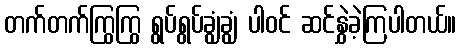
တက်တက်ကြွကြွ ရွပ်ရွပ်ချွံချွံ ပါဝင် ဆင်နွှဲခဲ့ကြပါတယ်။